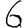
Digit: 6